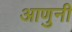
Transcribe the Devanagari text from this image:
आणुनी